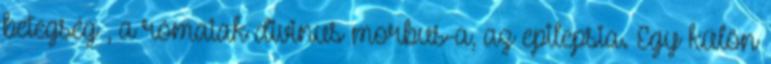
betegség», a rómaiak divinus morbus-a, az epilepsia. Egy külön